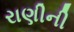
રાણીની